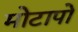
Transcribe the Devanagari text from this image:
मोटापो